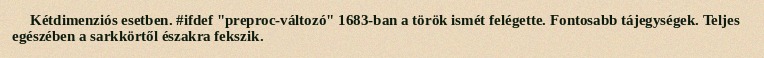
Kétdimenziós esetben. #ifdef "preproc-változó" 1683-ban a török ismét felégette. Fontosabb tájegységek. Teljes egészében a sarkkörtől északra fekszik.